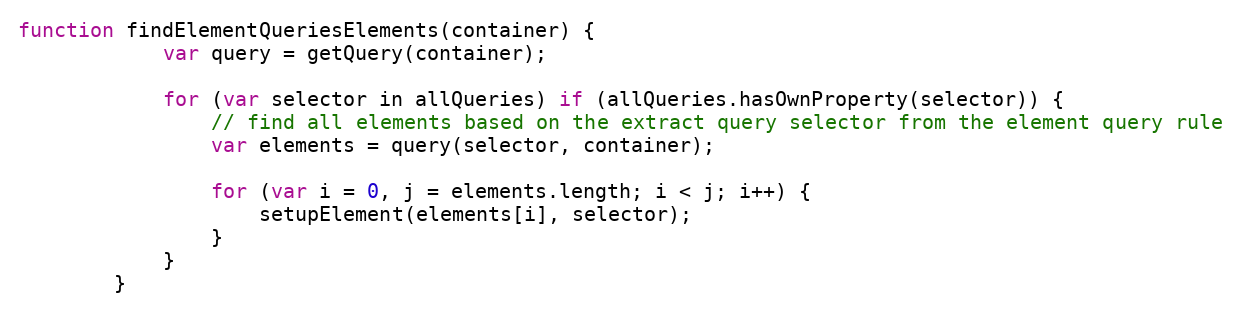
Language: JavaScript
function findElementQueriesElements(container) {
            var query = getQuery(container);

            for (var selector in allQueries) if (allQueries.hasOwnProperty(selector)) {
                // find all elements based on the extract query selector from the element query rule
                var elements = query(selector, container);

                for (var i = 0, j = elements.length; i < j; i++) {
                    setupElement(elements[i], selector);
                }
            }
        }